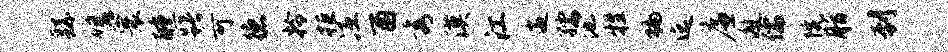
繇嗟寰醺躇可德拎拒冱酉秀漠江遄孺池牲褊迄廉邂儒院脂到